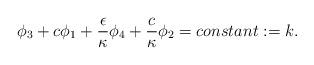
LaTeX: \begin{align*}\phi_3+c\phi_1+\frac{\epsilon}{\kappa}\phi_4+\frac{c}{\kappa}\phi_2=constant:=k.\end{align*}